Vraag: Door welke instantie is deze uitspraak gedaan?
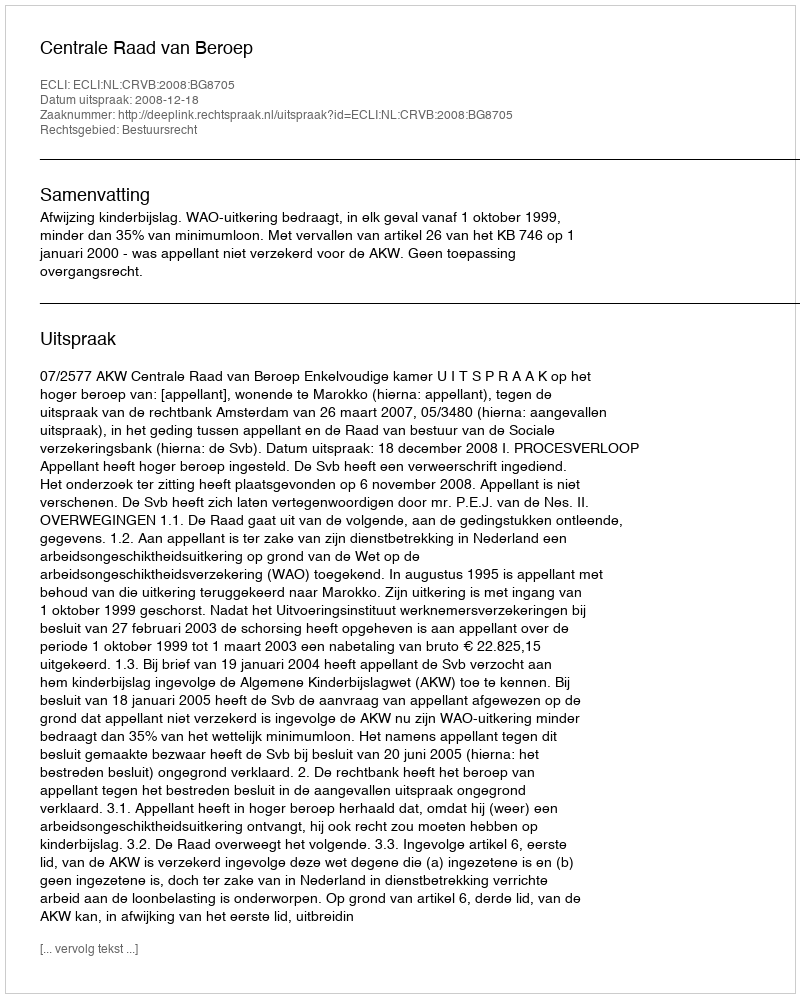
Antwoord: Centrale Raad van Beroep